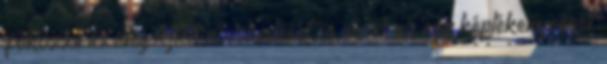
fokozza az idegsejtek növekedését és növeli az agy képlékenységét"